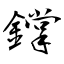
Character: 鐣